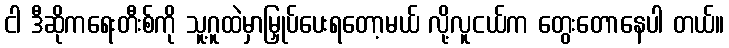
ငါ ဒီဆိုကရေးတီးစ်ကို သူ့ဂူထဲမှာမြှုပ်ပေးရတော့မယ် လို့လူငယ်က တွေးတောနေပါ တယ်။